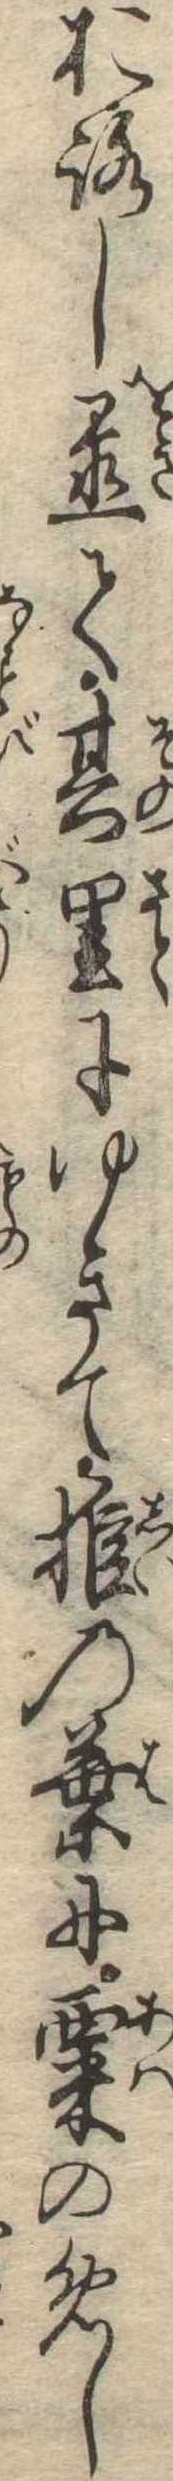
おろし置て其里にゆきて椎の葉に粟のめし